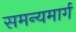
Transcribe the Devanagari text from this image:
समन्यमार्ग